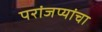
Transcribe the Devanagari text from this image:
परांजप्यांचा